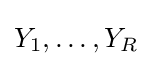
Y_{1},\ldots ,Y_{R}